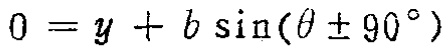
\(0 = y + b \sin(\theta \pm 90^{\circ})\)